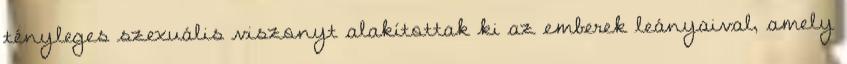
tényleges szexuális viszonyt alakítottak ki az emberek leányaival, amely